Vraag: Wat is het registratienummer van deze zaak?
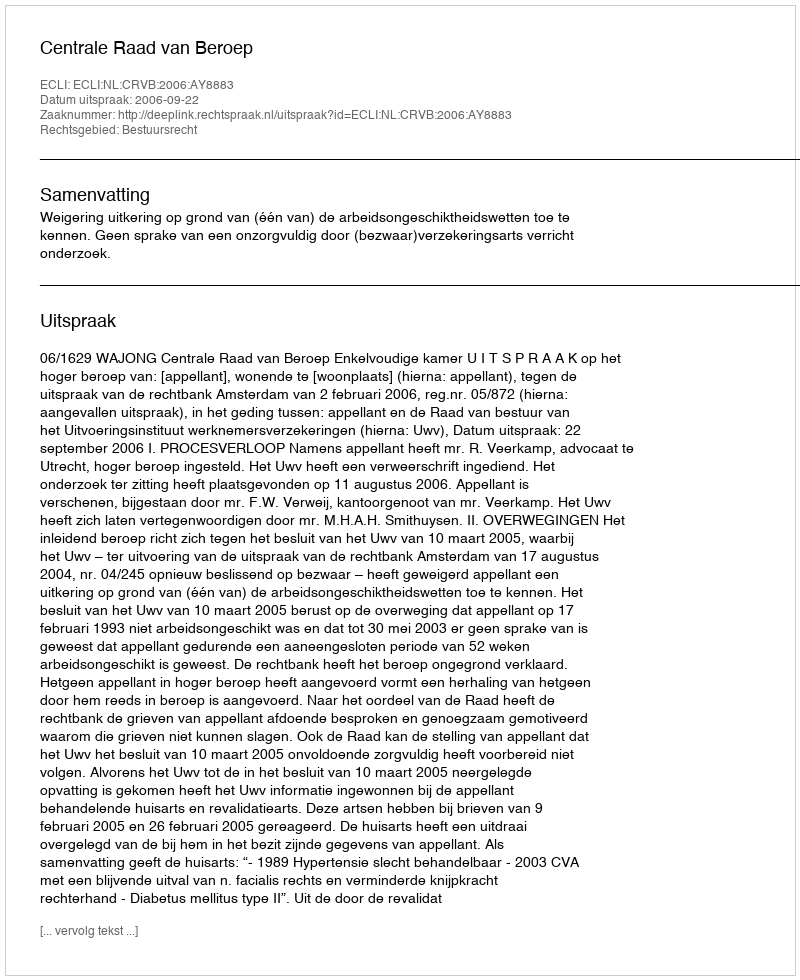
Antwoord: http://deeplink.rechtspraak.nl/uitspraak?id=ECLI:NL:CRVB:2006:AY8883